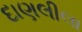
દાણલીલા